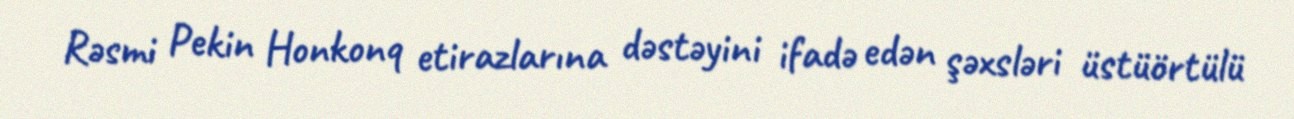
Rəsmi Pekin Honkonq etirazlarına dəstəyini ifadə edən şəxsləri üstüörtülü